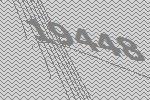
19448